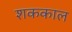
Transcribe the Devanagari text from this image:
शककाल